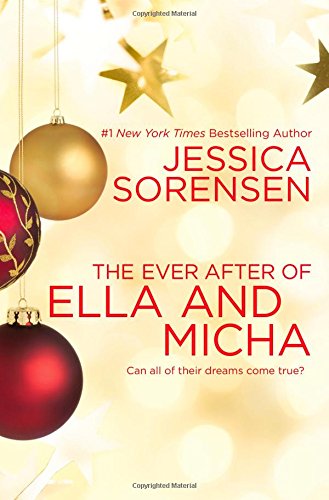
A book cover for The Ever After of Ella and Micha (Secret); Jessica Sorensen; Literature & Fiction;